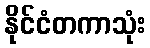
နိုင်ငံတကာသုံး